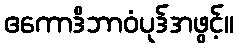
ဧကောဒိဘာဝံပုဒ်အဖွင့်။